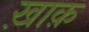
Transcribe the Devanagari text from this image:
ख़ाक़